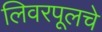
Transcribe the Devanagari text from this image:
लिवरपूलचे